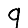
Digit: 9